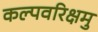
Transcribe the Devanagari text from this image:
कल्पवरिक्षमु